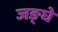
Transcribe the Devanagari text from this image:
जङ्घे